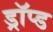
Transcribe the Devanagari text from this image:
ड्रॉप्ड